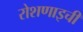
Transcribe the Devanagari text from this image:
रोशणाइची